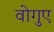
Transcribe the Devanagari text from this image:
वोगुए